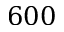
6 0 0